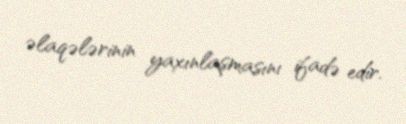
əlaqələrinin yaxınlaşmasını ifadə edir.